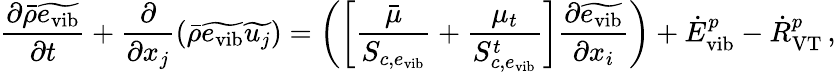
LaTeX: \frac{\partial\bar{\rho}\widetilde{e_{\mathrm{vib}}}}{\partial t}+\frac{\partial}{\partial x_{j}}\left(\bar{\rho}\widetilde{e_{\mathrm{vib}}}\widetilde{u_{j}}\right)=\left(\left[\frac{\bar{\mu}}{S_{c,e_{\mathrm{vib}}}}+\frac{\mu_{t}}{S_{c,e_{\mathrm{vib}}}^{t}}\right]\frac{\partial\widetilde{e_{\mathrm{vib}}}}{\partial x_{i}}\right)+{\dot{E}}_{\mathrm{vib}}^{p}-{\dot{R}}_{\mathrm{VT}}^{p}\, \mathrm{,}